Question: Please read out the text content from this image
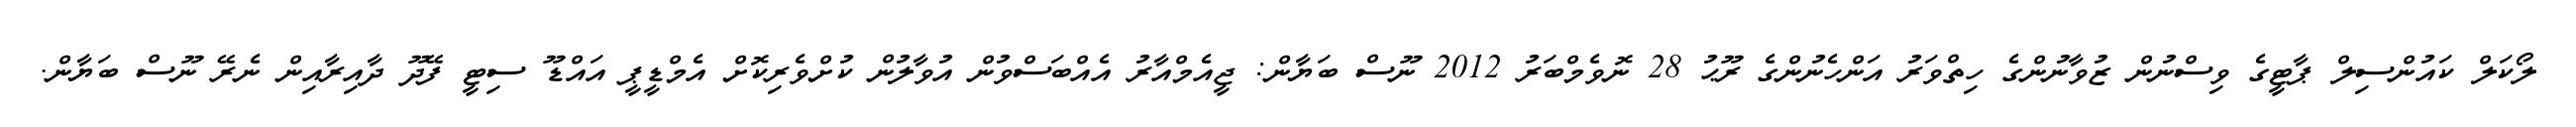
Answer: ލޯކަލް ކައުންސިލް ޕާޓީގެ ވިސްނުން ޒުވާނުންގެ ހިތްވަރު އަންހެނުންގެ ރޫޙު 28 ނޮވެމްބަރު 2012 ނޫސް ބަޔާން: ޖީއެމްއާރު އެއްބަސްވުން އުވާލުން ކުށްވެރިކޮށް އެމްޑީޕީ އައްޑޫ ސިޓީ ފޭދޫ ދާއިރާއިން ނެރޭ ނޫސް ބަޔާން.